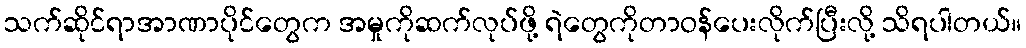
သက်ဆိုင်ရာအာဏာပိုင်တွေက အမှုကိုဆက်လုပ်ဖို့ ရဲတွေကိုတာဝန်ပေးလိုက်ပြီးလို့ သိရပါတယ်။